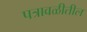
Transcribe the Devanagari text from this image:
पत्रावळीतील